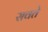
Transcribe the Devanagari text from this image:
सवते